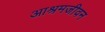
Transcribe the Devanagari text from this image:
आश्रमजीवन